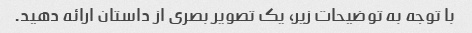
با توجه به توضیحات زیر، یک تصویر بصری از داستان ارائه دهید.